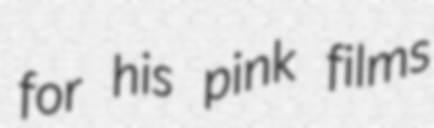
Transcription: for his pink films